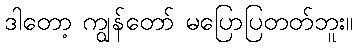
ဒါတော့ ကျွန်တော် မပြောပြတတ်ဘူး။